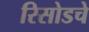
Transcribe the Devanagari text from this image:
रिसोडचे